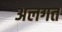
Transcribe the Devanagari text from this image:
अलगत